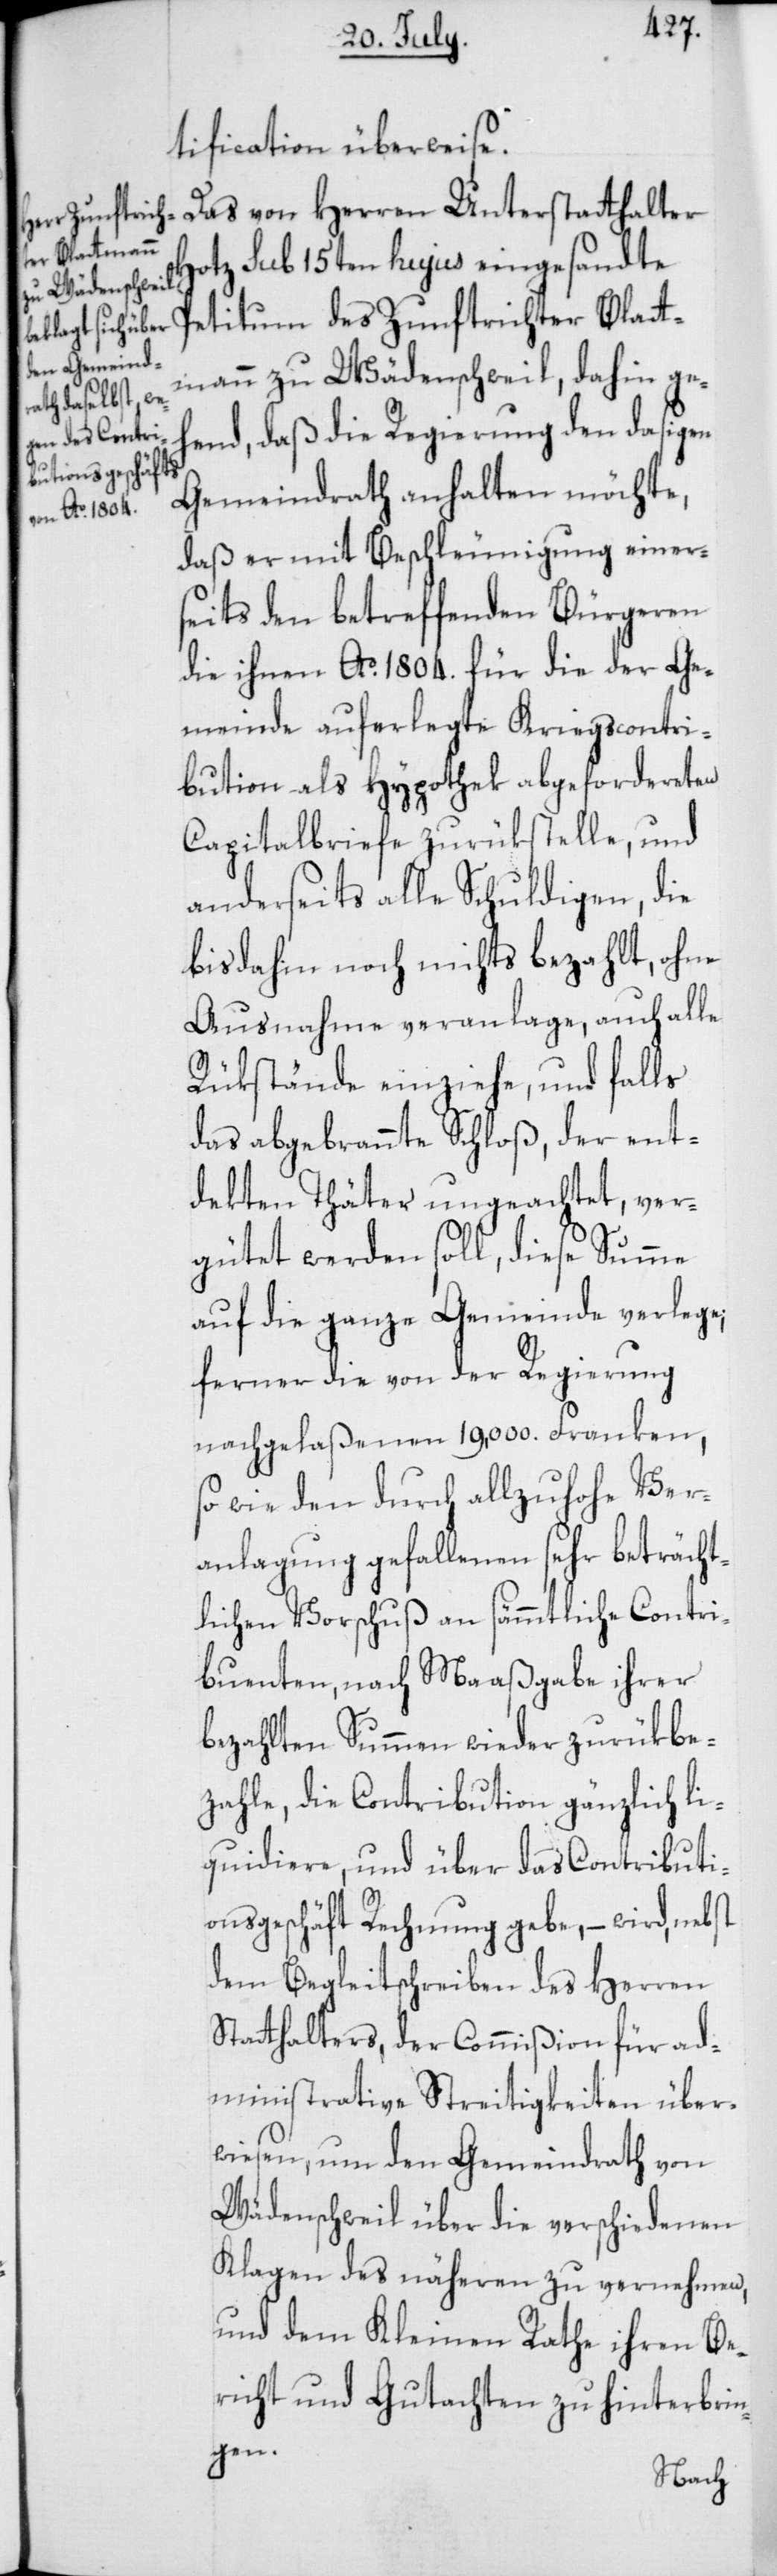
tification überweise.
Das von Herren Unterstatthalter
Hotz sub 15ten hujus eingesandte
Petitum des Zunftrichter Blat¬
mann zu Wädenschweil, dahin ge¬
hend, daß die Regierung den dasigen
Gemeindrath anhalten möchte,
daß er mit Beschleunigung einer¬
seits den betreffenden Bürgeren
die ihnen Ao 1804. für die der Ge¬
meinde auferlegte Kriegscontri¬
bution als Hypothek abgefordereten
Capitalbriefe zurükstelle, und
anderseits alle Schuldigen, die
bis dahin noch nichts bezahlt, ohne
Ausnahme veranlage, auch alle
Rükstände einziehe, und falls
das abgebrannte Schloß, der ent¬
dekten Täter ungeachtet, ver¬
gütet werden soll, diese Summe
auf die ganze Gemeinde verlege;
ferner die von der Regierung
nachgelaßenen 19,000. Franken,
so wie den durch allzuhohe Ver¬
anlagung gefallenen sehr beträcht¬
lichen Vorschuß an sämmtliche Contri¬
buenten, nach Maaßgabe ihrer
bezahlten Summen wieder zurükbe¬
zahle, die Contribution gänzlich li¬
quidiere, und über das Contributi¬
onsgeschäft Rechnung gebe, – wird, nebst
dem Begleitschreiben des Herren
Stathalters, der Commißion für ad¬
ministrative Streitigkeiten über¬
wiesen, um den Gemeindrath von
Wädenschweil über die verschiedenen
Klagen des näheren zu vernehmen,
und dem Kleinen Rathe ihren Be¬
richt und Gutachten zu hinterbrin¬
gen.